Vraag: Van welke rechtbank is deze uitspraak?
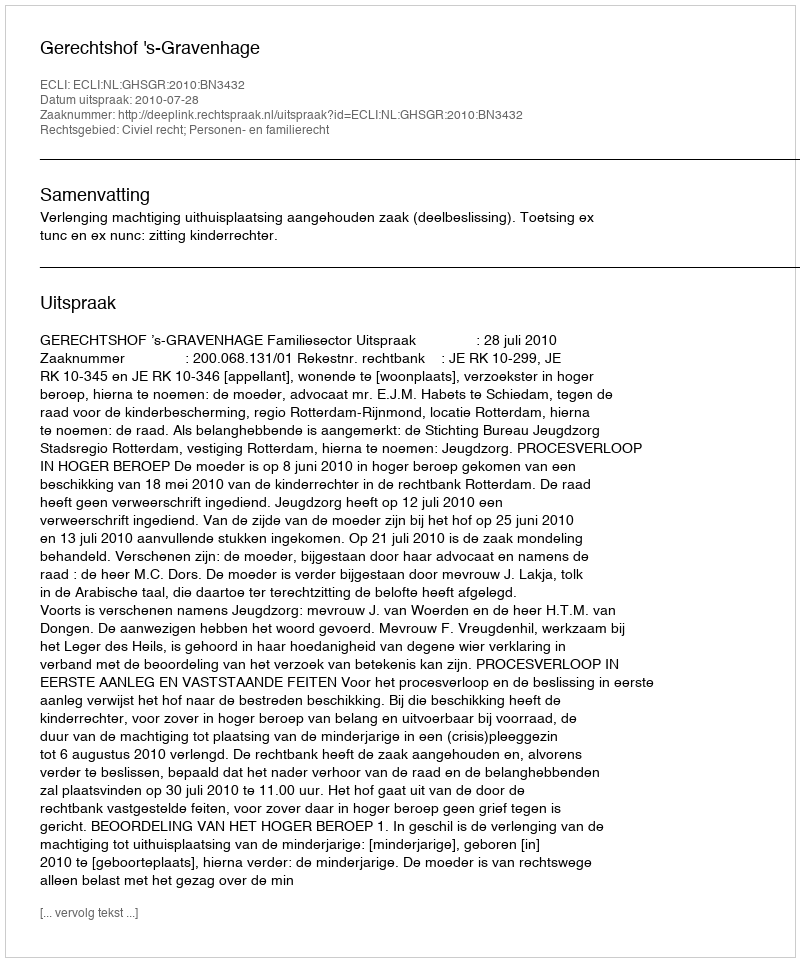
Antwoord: Gerechtshof 's-Gravenhage